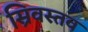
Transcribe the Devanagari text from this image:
स्रिवस्तव